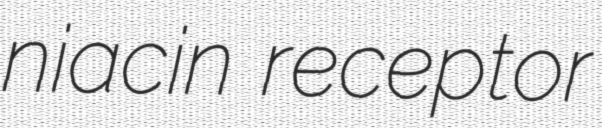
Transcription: niacin receptor